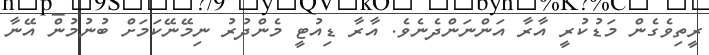
ރީތިވެގެން މަޑުކުރީ އާރާ އަންނަންދެނެވެ. އާރާ ޑިއުޓީ މެންދުރު ނިމޭނޭކަމަށް ބުނުމުން އޭނާ